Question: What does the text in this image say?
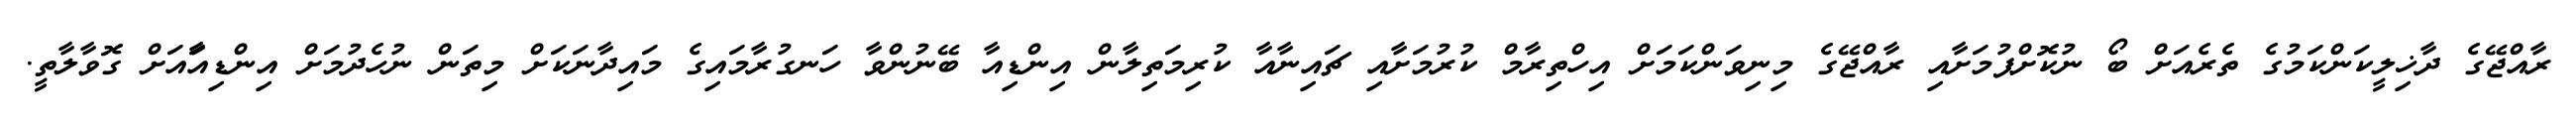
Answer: ރާއްޖޭގެ ދާޚިލީކަންކަމުގެ ތެރެއަށް ބޯ ނުކޮށްޕުމަށާއި ރާއްޖޭގެ މިނިވަންކަމަށް އިހްތިރާމް ކުރުމަށާއި ޗައިނާއާ ކުރިމަތިލާން އިންޑިއާ ބޭނުންވާ ހަނގުރާމައިގެ މައިދާނަކަށް މިތަން ނުހެދުމަށް އިންޑިއާައަށް ގޮވާލާތީ.